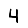
Digit: 4